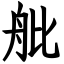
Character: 舭